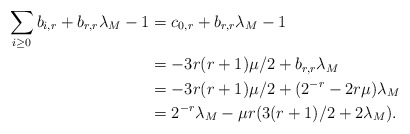
\begin{align*}\sum_{i \ge 0} b_{i,r} + b_{r,r} \lambda_M - 1 &= c_{0,r} + b_{r,r} \lambda_M - 1\\&= - 3r(r + 1)\mu/2 + b_{r,r} \lambda_M \\&= - 3r(r + 1)\mu/2 + (2^{-r} - 2r\mu)\lambda_M\\&= 2^{-r}\lambda_M - \mu r(3(r + 1)/2 + 2\lambda_M).\end{align*}